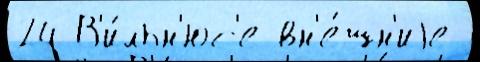
24 В'и́льн'юс'е вн'е́шн'иjе